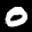
Label: 0